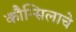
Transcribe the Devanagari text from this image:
कौन्सिलाचे